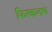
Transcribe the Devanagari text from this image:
फिरकलाच